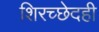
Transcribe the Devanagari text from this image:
शिरच्छेदही